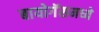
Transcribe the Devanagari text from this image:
बायोगॅसमध्ये